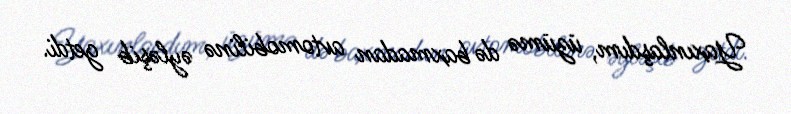
Yaxınlaşdım, üzümə də baxmadan avtomobilinə əyləşib getdi.